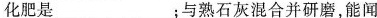
化肥是___；与熟石灰混合并研磨，能闻